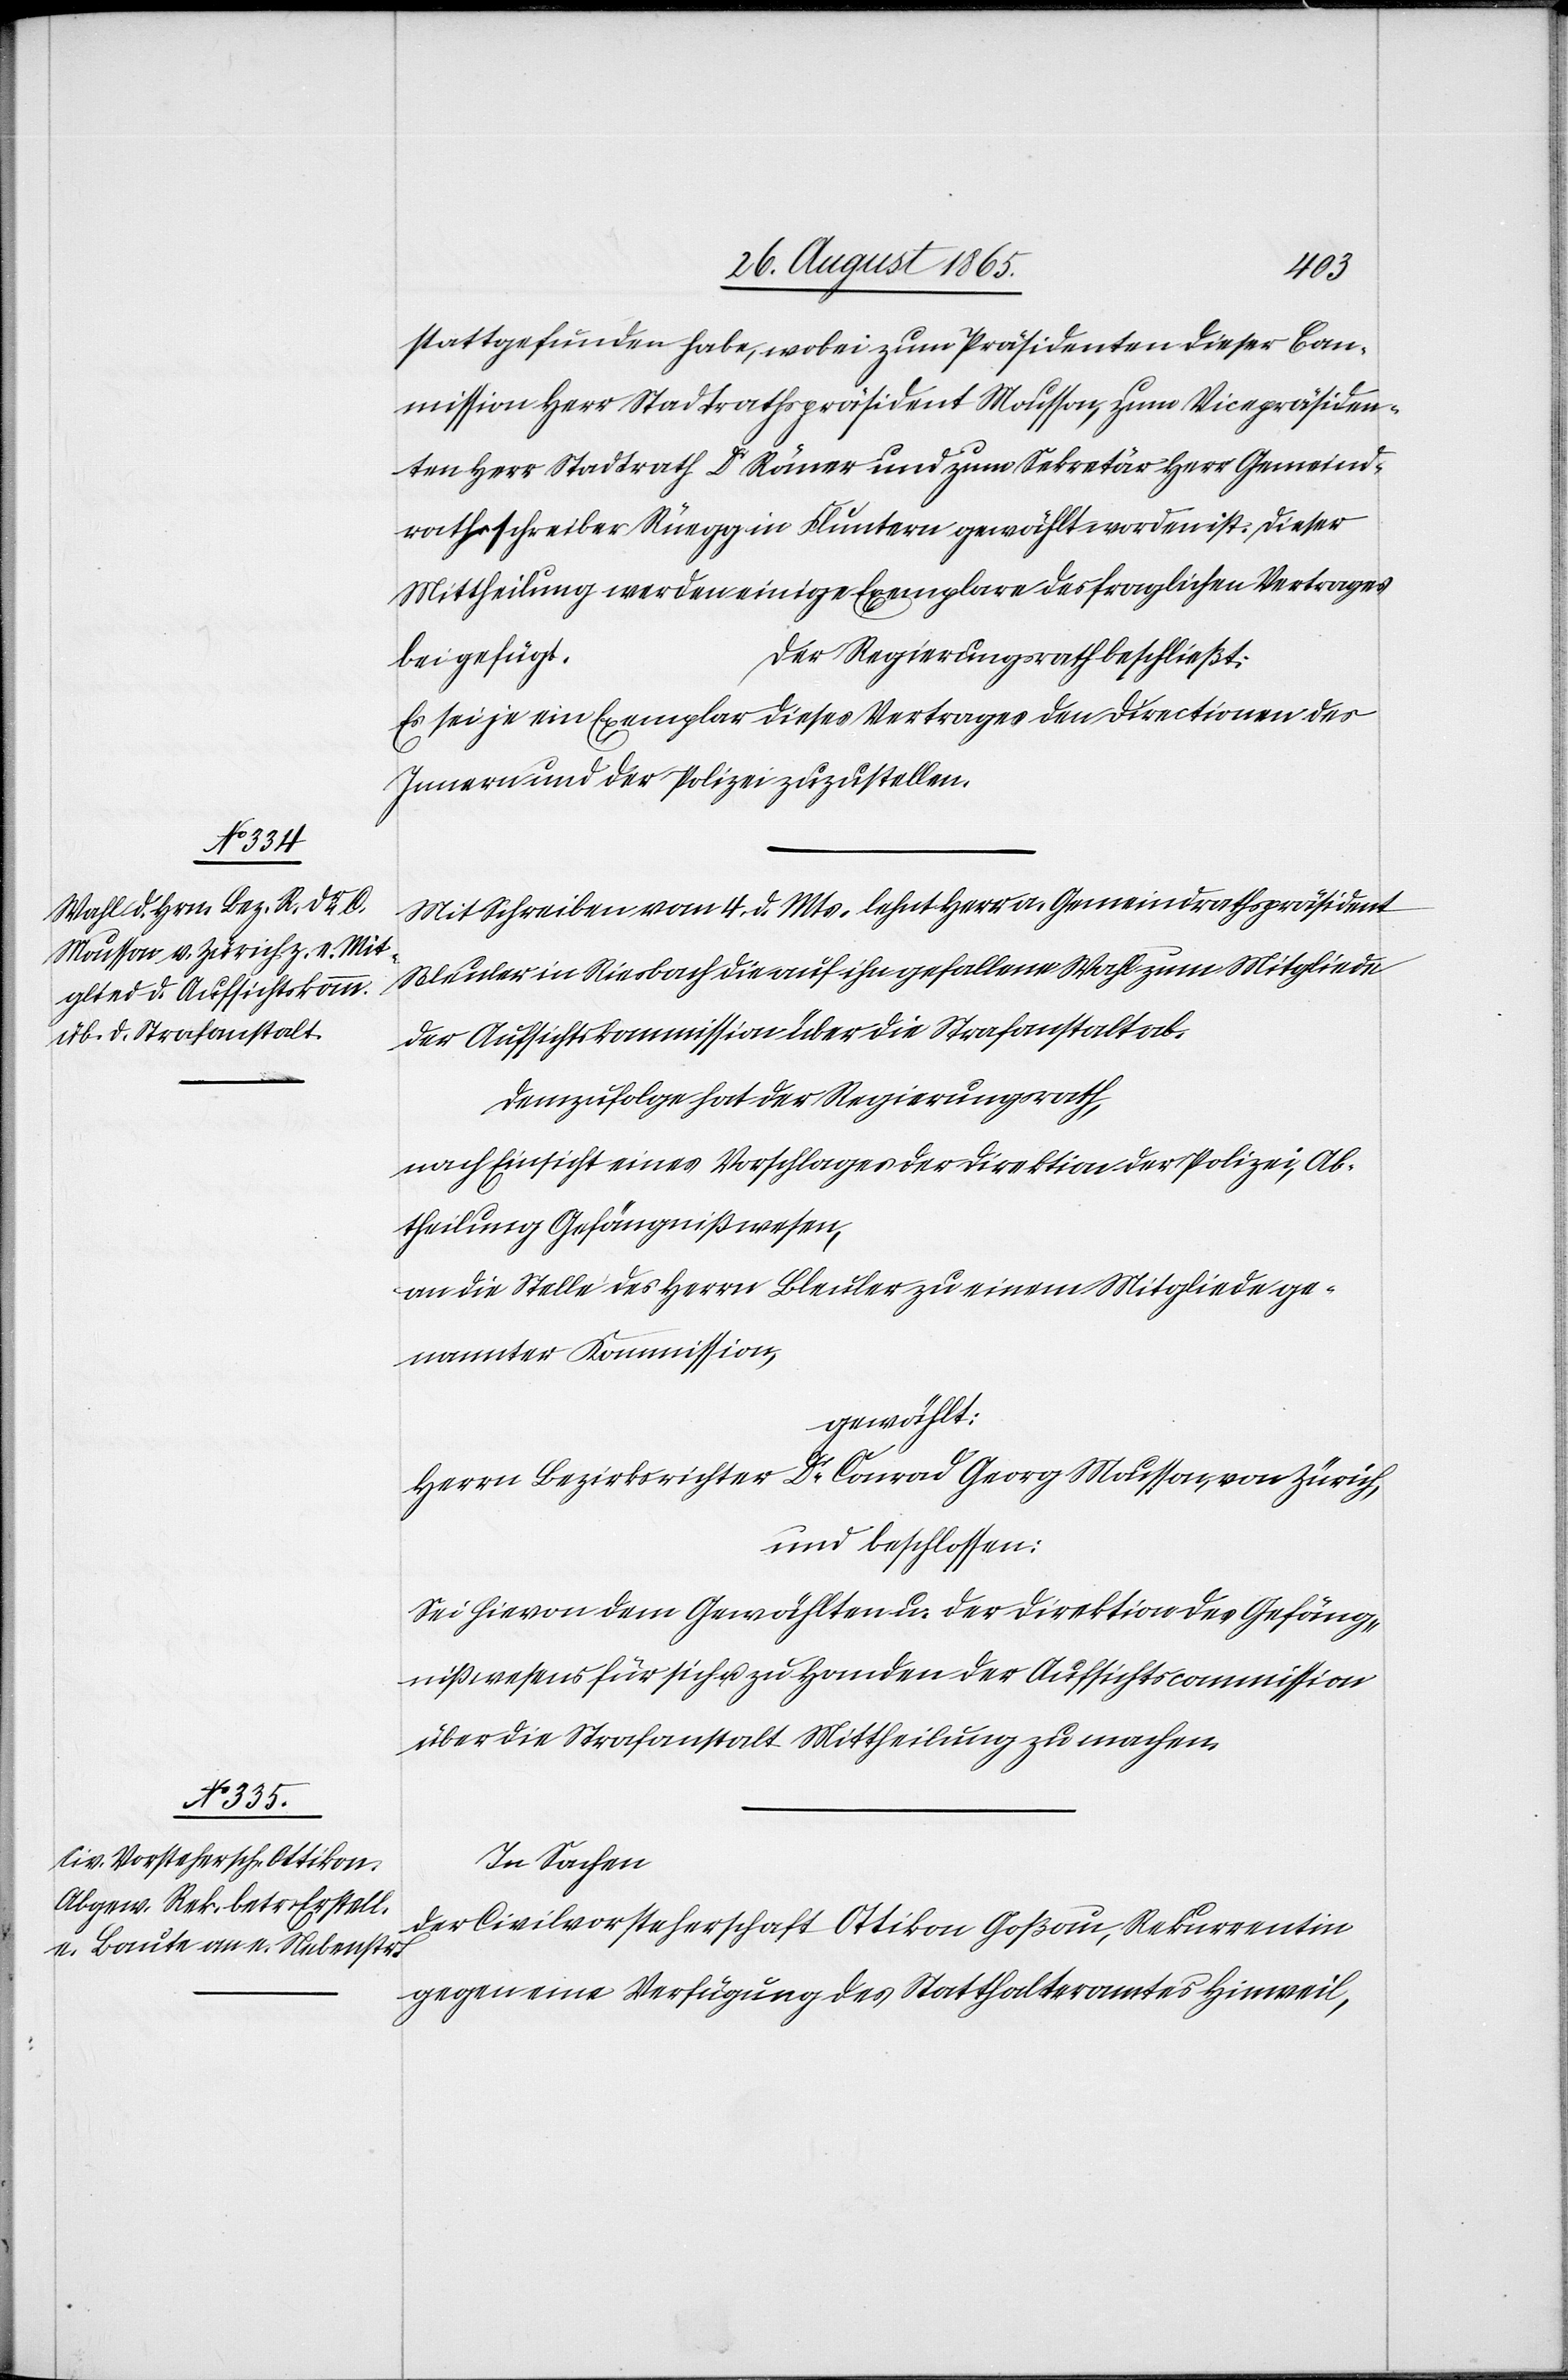
stattgefunden habe, wobei zum Präsidenten dieser Co¬
mmission Herr Stadtrathspräsident Mousson, zum Vicepräsiden¬
ten Herr Stadtrath Dr Römer und zum Sekretär Herr Gemeind¬
rathsschreiber Rüegg in Fluntern gewählt worden ist. Dieser
Mittheilung werden einige Exemplare des fraglichen Vertrages
Der Regierungsrath beschließt:
beigefügt.
Es sei je ein Exemplar dieses Vertrages den Directionen des
Innern und der Polizei zuzustellen.
Mit Schreiben vom 4. d. Mts. lehnt Herr a. Gemeindrathspräsident
Bleuler in Riesbach die auf ihn gefallene Wahl zum Mitgliede
der Aufsichtkommission über die Strafanstalt ab.
Demzufolge hat der Regierungsrath,
nach Einsicht eines Vorschlages der Direktion der Polizei, Ab¬
theilung Gefängnißwesen,
an die Stelle des Herrn Bleuler zu einem Mitgliede ge¬
nannter Kommission,
gewählt:
Herrn Bezirksrichter Dr Conrad Georg Mousson, von Zürich,
und beschlossen:
Sei hievon dem Gewählten u. der Direktion des Gefäng¬
ißwesens für sich u. zu Handen der Aufsichtscommission
über die Strafanstalt Mittheilung zu machen.
In Sachen
der Civilvorsteherschaft Ottikon Goßau, Rekurrentin
gegen eine Verfügung des Statthalteramtes Hinweil,